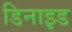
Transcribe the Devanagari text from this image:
डिनाइ़ड